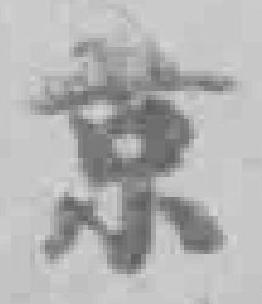
京